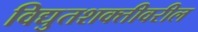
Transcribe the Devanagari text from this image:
विद्युतशक्तीवरील